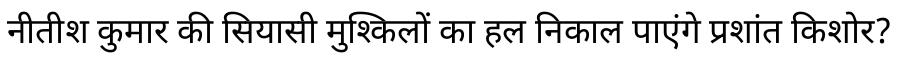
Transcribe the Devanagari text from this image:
नीतीश कुमार की सियासी मुश्किलों का हल निकाल पाएंगे प्रशांत किशोर?